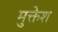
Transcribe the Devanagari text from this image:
मुक्तेश